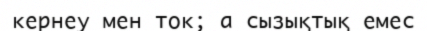
кернеу мен ток; ɑ сызықтық емес